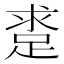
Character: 𨁛